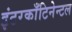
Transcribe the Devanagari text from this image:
इंटरकाँटिनेन्टल